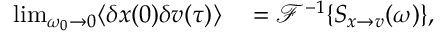
\begin{array} { r l } { \operatorname* { l i m } _ { \omega _ { 0 } \to 0 } \langle \delta x ( 0 ) \delta v ( \tau ) \rangle } & { { } = \mathcal { F } ^ { - 1 } \{ S _ { x \to v } ( \omega ) \} , } \end{array}